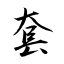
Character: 套